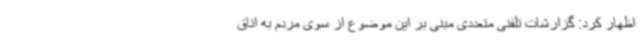
اظهار کرد: گزارشات تلفنی متعددی مبنی بر این موضوع از سوی مردم به اتاق